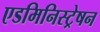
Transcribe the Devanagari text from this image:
एडमिनिस्ट्रेषन